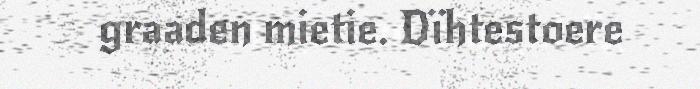
graaden mietie. Dïhtestoere